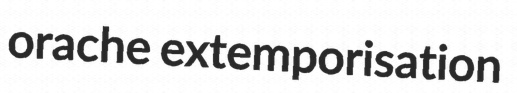
orache extemporisation